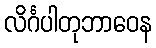
လိင်္ဂပါတုဘာဝေန